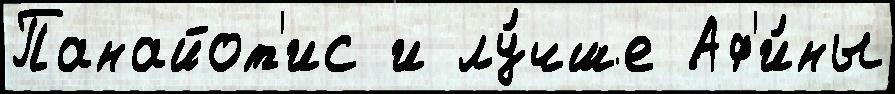
Панайот'ис и лу́чше Аф'и́ны